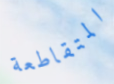
المتقاطعة